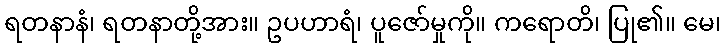
ရတနာနံ၊ ရတနာတို့အား။ ဥပဟာရံ၊ ပူဇော်မှုကို။ ကရောတိ၊ ပြု၏။ မေ၊